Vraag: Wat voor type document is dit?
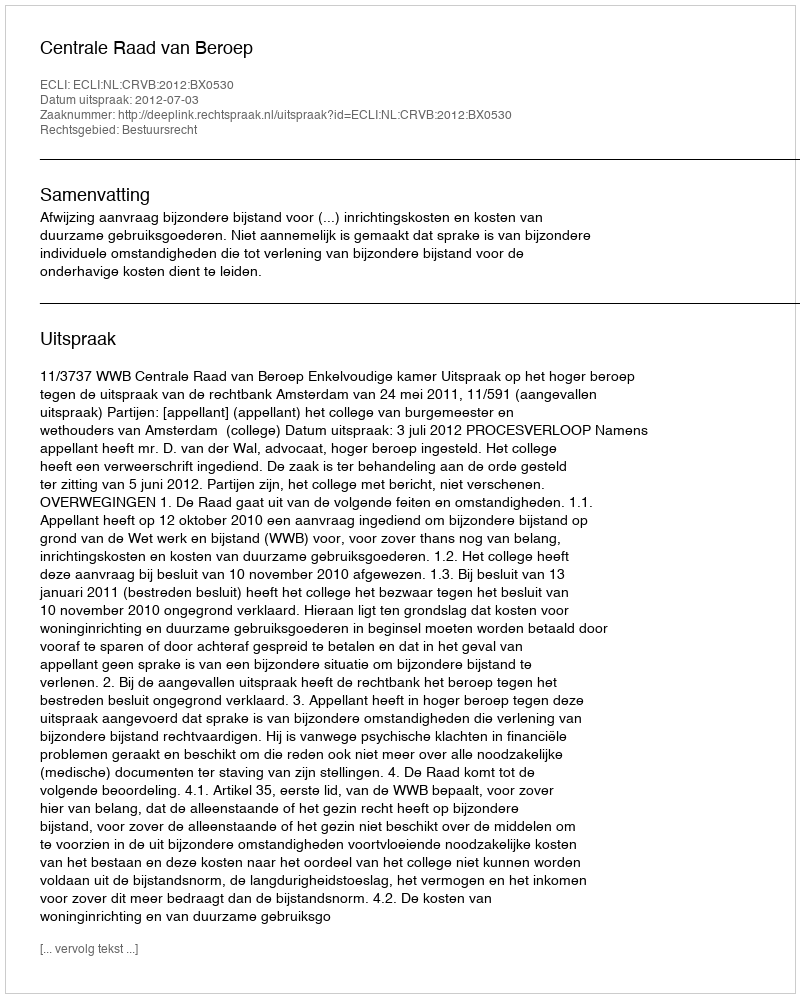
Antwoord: Uitspraak